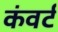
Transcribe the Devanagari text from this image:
कंवर्ट